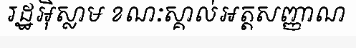
រដ្ឋអ៊ិស្លាម ខណៈស្គាល់អត្តសញ្ញាណ